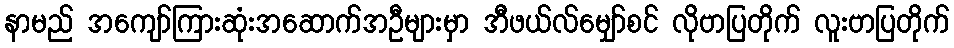
နာမည် အကျော်ကြားဆုံးအဆောက်အဦများမှာ အီဖယ်လ်မျှော်စင် လိုဗာပြတိုက် လူးဗာပြတိုက်